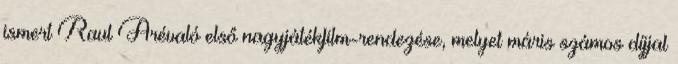
ismert Raul Arévaló első nagyjátékfilm-rendezése, melyet máris számos díjjal